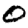
Digit: 0